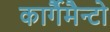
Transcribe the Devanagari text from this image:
कार्गैमैन्टो